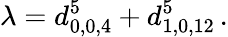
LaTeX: \lambda=d_{0,0,4}^{5}+d_{1,0,12}^{5}\, .